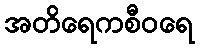
အတိရေကစီဝရေ